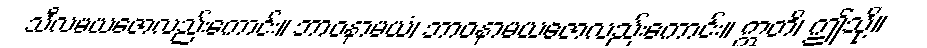
သီလမယဇောလည်းကောင်း။ ဘာဝနာမယံ၊ ဘာဝနာမယဇောလည်းကောင်း။ ဣတိ၊ ဤသို့။